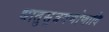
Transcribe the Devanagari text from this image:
धातुसूत्रगणोणादि